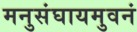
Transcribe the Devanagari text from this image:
मनुसंघायमुवनं